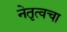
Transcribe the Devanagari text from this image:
नेतृत्वचा